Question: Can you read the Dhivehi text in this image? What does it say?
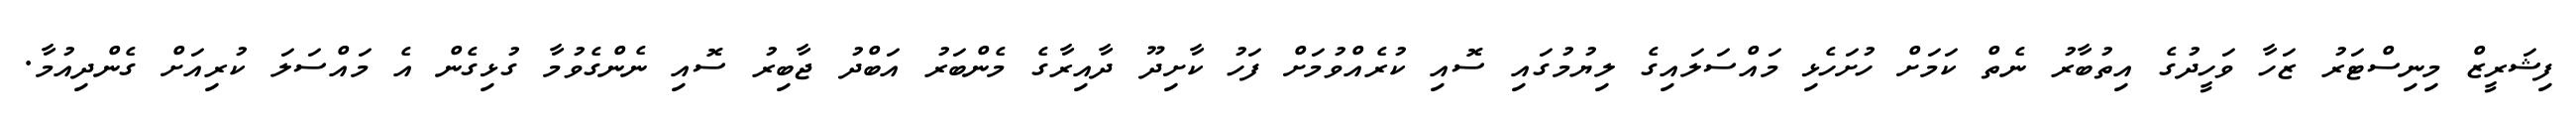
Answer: ފިޝަރީޒް މިނިސްޓަރު ޒަހާ ވަހީދުގެ އިތުބާރު ނެތް ކަމަށް ހުށަހެޅި މައްސަލައިގެ ލިޔުމުގައި ސޮއި ކުރެއްވުމަށް ފަހު ކާށިދޫ ދާއިރާގެ މެންބަރު އަބްދު ޖާބިރު ސޮއި ނެންގެވުމާ ގުޅިގެން އެ މައްސަލަ ކުރިއަށް ގެންދިއުމާ.